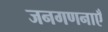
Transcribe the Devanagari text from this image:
जनगणनाएँ